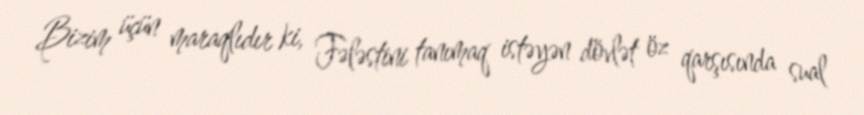
Bizim üçün maraqlıdır ki, Fələstini tanımaq istəyən dövlət öz qarşısında sual